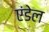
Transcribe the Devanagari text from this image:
एंडेल